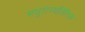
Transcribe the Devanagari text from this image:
मधुराव्यतिरिक्त